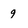
Character: 9